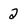
Character: 2